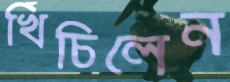
খিঁচিলেন